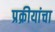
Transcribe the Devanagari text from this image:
प्रक्रीयांचा